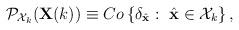
LaTeX: \begin{align*}\begin{array}{l}\mathcal{P}_{\mathcal{X}_{k}}(\mathbf{X}(k))\equiv Co\left\{\delta_{\hat{\mathbf{x}}}:~\hat{\mathbf{x}}\in {\mathcal{{X}}_k}\right\}, \end{array}\end{align*}